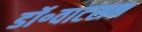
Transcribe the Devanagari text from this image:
डॉ॰वाटसन